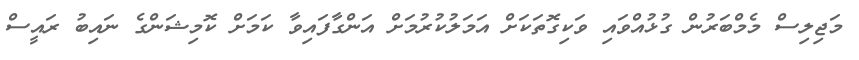
މަޖިލިސް މެމްބަރުން ގުޅުއްވައި ވަކިގޮތަކަށް އަމަލުކުރުމަށް އަންގާފައިވާ ކަމަށް ކޮމިޝަންގެ ނައިބު ރައީސް